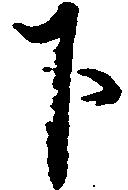
下